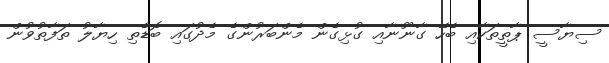
ސިޔާސީ ޕާތީތަކާއި ބެހޭ ގާނޫނާއި ގުޅިގެން މެންބަރުންގެ މެދުގައި ބޮޑެތި ހިޔާލު ތަފާތުވުން